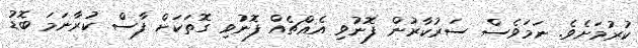
ކުރުމަށެވެ. ނަމަވެސް ސަރުކާރުން ފޮނުވި އެއްޗެއް ފޮނުވި ގޮތަކަށް ފާސް ކުރާނަމަ ބޮޑު